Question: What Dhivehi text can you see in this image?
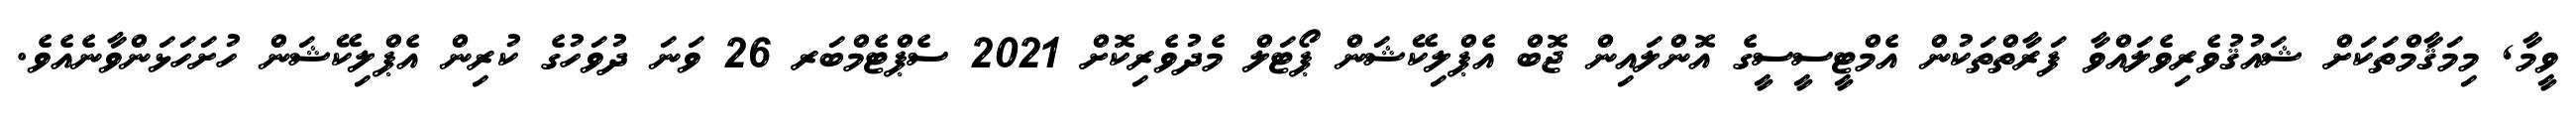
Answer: ވީމާ, މިމަޤާމްތަކަށް ޝައުޤުވެރިވެލައްވާ ފަރާތްތަކުން އެމްޓީސީސީގެ އޮންލައިން ޖޮބް އެޕްލިކޭޝަން ޕޯޓަލް މެދުވެރިކޮށް 2021 ސެޕްޓެމްބަރ 26 ވަނަ ދުވަހުގެ ކުރިން އެޕްލިކޭޝަން ހުށަހަޅަންވާނެއެވެ.